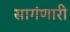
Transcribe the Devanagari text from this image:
सागंणारी